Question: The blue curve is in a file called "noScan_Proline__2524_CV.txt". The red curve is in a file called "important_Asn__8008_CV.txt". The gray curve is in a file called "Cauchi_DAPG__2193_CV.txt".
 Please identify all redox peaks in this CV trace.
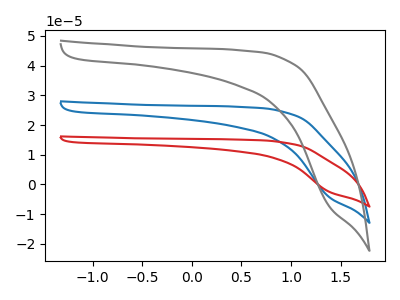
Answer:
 <answer>The blue curve "Proline" has no peaks. The red curve "Asn" has no peaks. The gray curve "DAPG" has no peaks.</answer>
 <eval></eval>